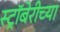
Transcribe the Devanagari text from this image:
स्ट्रॉबेरीच्या